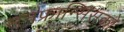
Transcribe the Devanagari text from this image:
सनफ्रान्सिसको